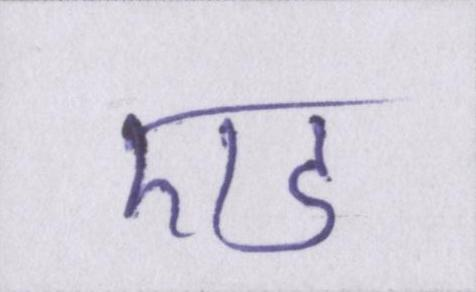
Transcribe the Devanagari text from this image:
एड